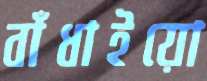
বাঁধাইয়ো